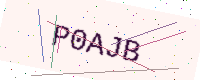
Text: P0AJB